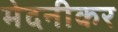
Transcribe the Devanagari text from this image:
मेदनीकर